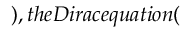
) , t h e D i r a c e q u a t i o n (